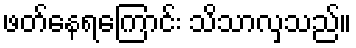
ဖတ်နေရကြောင်း သိသာလှသည်။